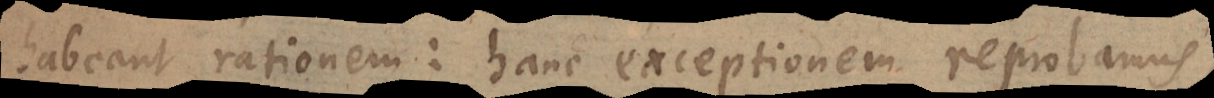
habeant rationem: hanc exceptionem reprobamus,